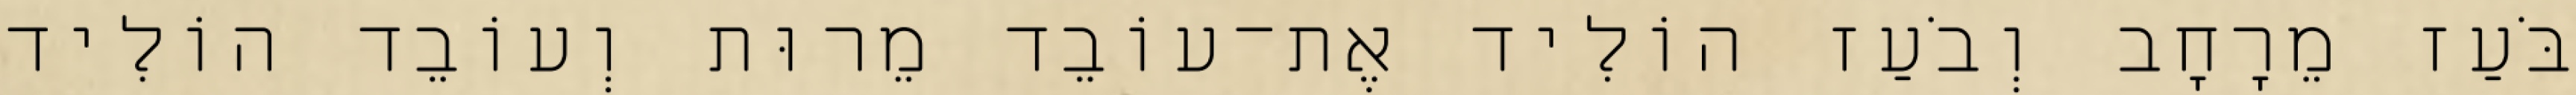
בֹּעַז מֵרָחָב וְבֹעַז הוֹלִיד אֶת־עוֹבֵד מֵרוּת וְעוֹבֵד הוֹלִיד